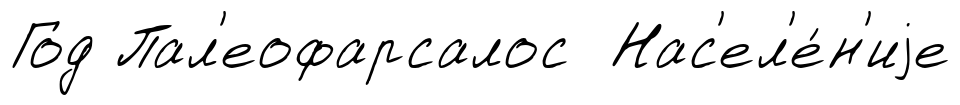
Год Пал'еофарсалос Нас'ел'е́н'иjе